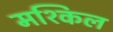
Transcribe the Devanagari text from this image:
मश्किल